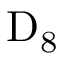
\mathrm { D } _ { 8 }